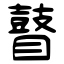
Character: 瞽